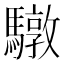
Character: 驐